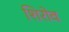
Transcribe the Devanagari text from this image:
शिरोव